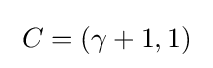
\;C=(\gamma +1,1)\;